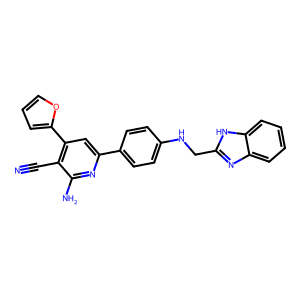
SMILES: N#Cc1c(-c2ccco2)cc(-c2ccc(NCc3nc4ccccc4[nH]3)cc2)nc1N
Inhibits HIV replication: No